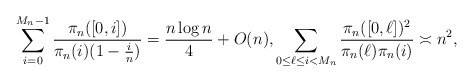
\begin{align*} \sum_{i=0}^{M_n-1}\frac{\pi_n([0,i])}{\pi_n(i)(1-\frac{i}{n})}=\frac{n\log n }{4}+O(n), \sum_{0\le \ell\le i<M_n}\frac{\pi_n([0,\ell])^2}{\pi_n(\ell)\pi_n(i)}\asymp n^2,\end{align*}